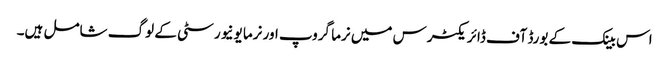
اس بینک کے بورڈ آف ڈائریکٹرس میں نرما گروپ اور نرما یونیورسٹی کے لوگ شامل ہیں۔